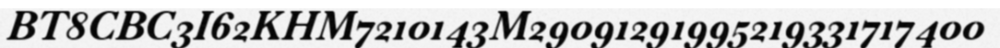
BT8CBC3I62KHM7210143M29091291995219331717400